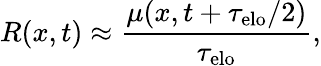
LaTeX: R(x,t)\approx\frac{\mu(x,t+\tau_{\mathrm{elo}}/2)}{\tau_{\mathrm{elo}}},